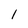
Character: 1